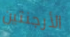
الأرجنتين